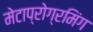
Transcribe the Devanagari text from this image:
मेटाप्रोग्रमिंग